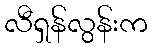
လီရှန်လွန်းက